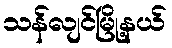
သန်လျင်မြို့နယ်